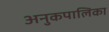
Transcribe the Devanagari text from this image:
अनुकपालिका